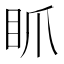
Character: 𥄄